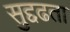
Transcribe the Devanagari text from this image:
सुद्दढता